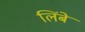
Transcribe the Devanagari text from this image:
लिंबे